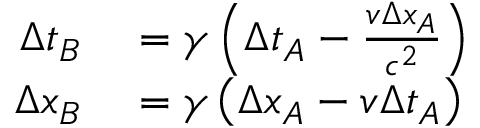
\begin{array} { r l } { \Delta t _ { B } } & { { } = \gamma \left( \Delta t _ { A } - \frac { v \Delta x _ { A } } { c ^ { 2 } } \right) } \\ { \Delta x _ { B } } & { { } = \gamma \left( \Delta x _ { A } - v \Delta t _ { A } \right) } \end{array}